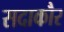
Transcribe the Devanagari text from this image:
सदाकौर